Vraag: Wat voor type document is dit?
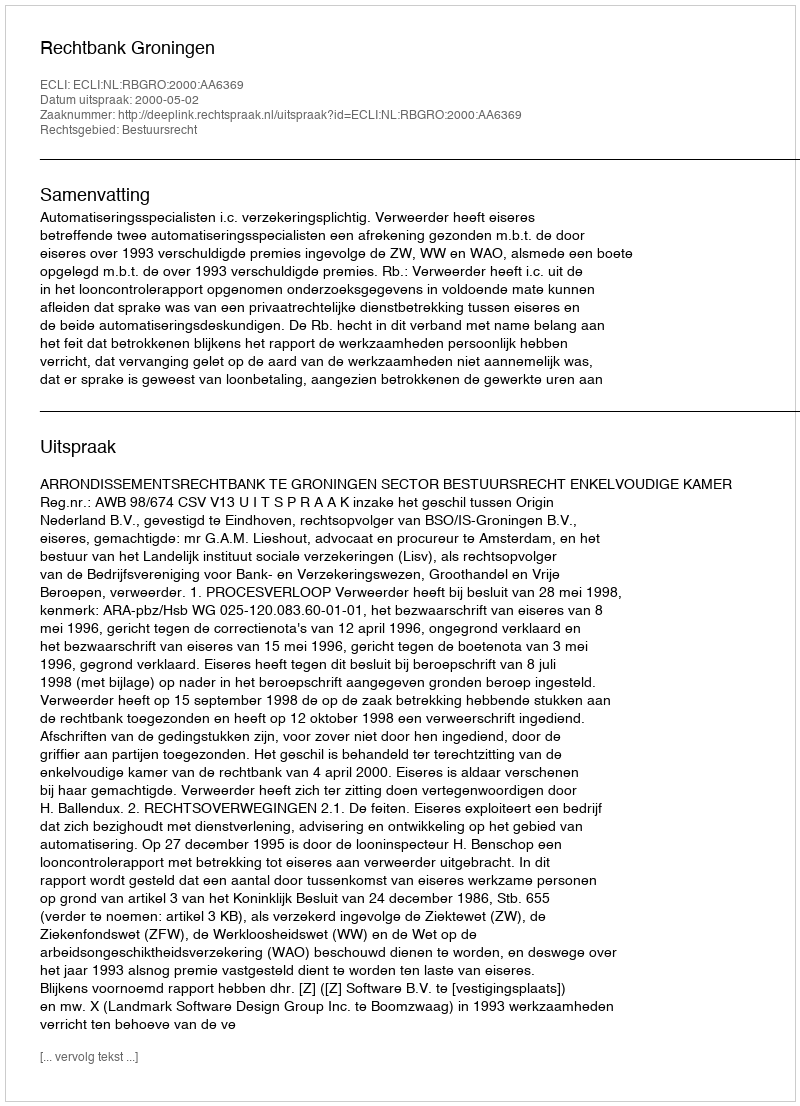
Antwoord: Uitspraak